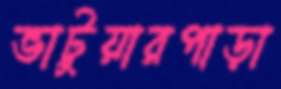
ভাটুয়ারপাড়া